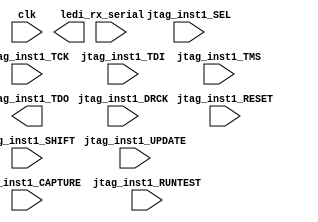

// Efinity Top-level template
// Version: 2023.2.307

// Copyright (C) 2013 - 2023 Efinix Inc. All rights reserved.

// This file may be used as a starting point for Efinity synthesis top-level target.
// The port list here matches what is expected by Efinity constraint files generated
// by the Efinity Interface Designer.

// To use this:
//     #1)  Save this file with a different name to a different directory, where source files are kept.
//              Example: you may wish to save as /home/tejas/Downloads/efinity/2023.2/project/WS2812_Custom/WS2812_Custom.v
//     #2)  Add the newly saved file into Efinity project as design file
//     #3)  Edit the top level entity in Efinity project to:  WS2812_Custom
//     #4)  Insert design content.


module WS2812_Custom
(
  input clk,
  input i_rx_serial,
  input jtag_inst1_CAPTURE,
  input jtag_inst1_DRCK,
  input jtag_inst1_RESET,
  input jtag_inst1_RUNTEST,
  input jtag_inst1_SEL,
  input jtag_inst1_SHIFT,
  input jtag_inst1_TCK,
  input jtag_inst1_TDI,
  input jtag_inst1_TMS,
  input jtag_inst1_UPDATE,
  output led,
  output jtag_inst1_TDO
);


endmodule